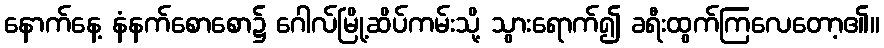
နောက်နေ့ နံနက်စောစော၌ ဂေါလ်မြို့ဆိပ်ကမ်းသို့ သွားရောက်၍ ခရီးထွက်ကြလေတော့၏။